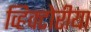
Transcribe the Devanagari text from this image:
व्हिक्टोरीया